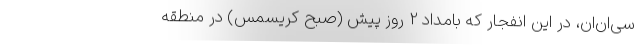
سی‌ان‌ان، در این انفجار که بامداد 2 روز پیش (صبح کریسمس) در منطقه